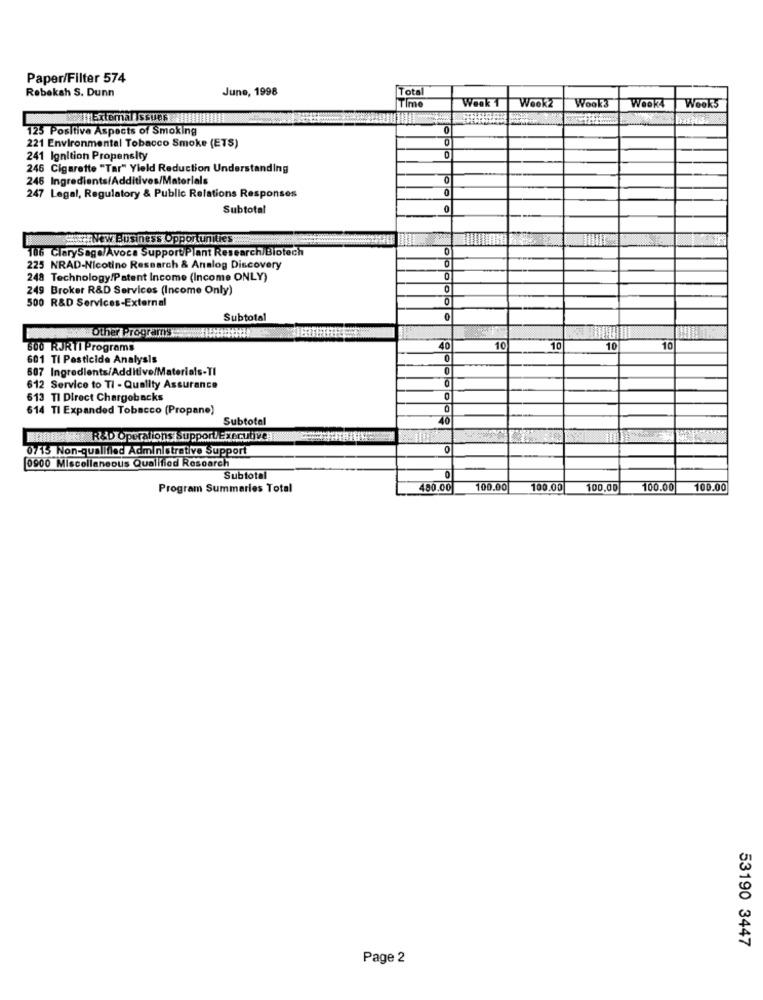
Paper/Filter 574
Rebekah S. Dunn
June, 1998
Total
Time
Week2
Wook3
Week 1
Week4
Weeks
125 Positive Aspects of Smoking
0
221 Environmental Tobacco Smoke (ETS)
241 Ignition Propensity
246 Cigarette "Tar" Yield Reduction Understanding
245 Ingredients/Additives/Materials
247 Legal, Regulatory & Public Relations Responses
Subtotal
Soy New Business Opportunities
106 ClarySage/Avoca SupportiPlant Research/Biotech
225 NRAD-Nicotine Research & Analog Discovery
248 Technology/Patent Income (Income ONLY)
249 Broker R&D Services (Income Only)
0
500 R&D Services-External
0
Subtotal
0
Other Programs
600 RJRTI Programs
10
10
10
10
10
601 Tl Pesticide Analysis
507 Ingredients/Additive/Materials-TI
O
612 Service to Ti - Quality Assurance
613 TI Direct Chargebacks
614 TI Expanded Tobacco (Propane)
Subtotal
40
ERf. R&D Operations Support/ExecuiVe:
0715 Non-qualified Administrative Support
0900 Miscellaneous Qualified Resoarch
Subtotal
Program Summaries Total
480.00
100.00
100.00
100,00
100.00
100.00
53190 3447
Page 2